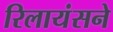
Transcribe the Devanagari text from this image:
रिलायंसने